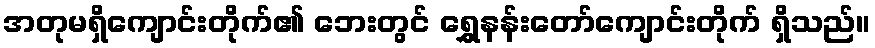
အတုမရှိကျောင်းတိုက်၏ ဘေးတွင် ရွှေနန်းတော်ကျောင်းတိုက် ရှိသည်။